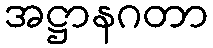
အဋ္ဌာနဂတာ